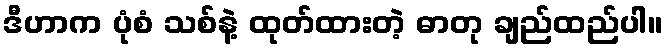
ဒီဟာက ပုံစံ သစ်နဲ့ ထုတ်ထားတဲ့ ဓာတု ချည်ထည်ပါ။